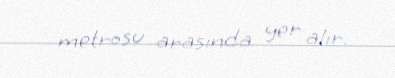
metrosu arasında yer alır.